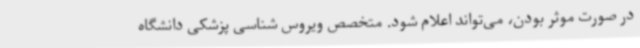
در صورت موثر بودن، می‌تواند اعلام شود. متخصص ویروس شناسی پزشکی دانشگاه